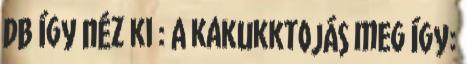
db így néz ki : A kakukktojás meg így: